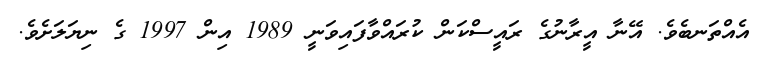
އެއްތަނބެވެ. އޭނާ އީރާނުގެ ރައީސްކަން ކުރައްވާފައިވަނީ 1989 އިން 1997 ގެ ނިޔަލަށެވެ.